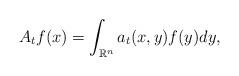
LaTeX: \begin{align*}A_tf(x)=\int_{\mathbb{R}^n}a_t(x,y)f(y)dy,\end{align*}